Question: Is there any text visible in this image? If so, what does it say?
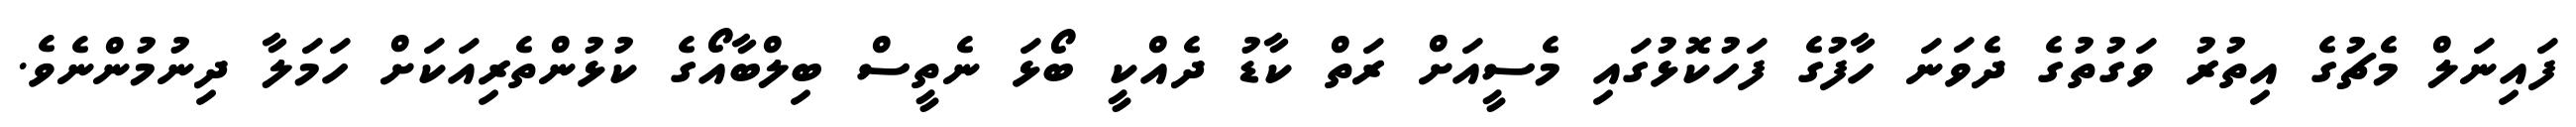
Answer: ފައިނަލް މެޗުގެ އިތުރު ވަގުތުގެ ދެވަނަ ހާފުގެ ފަހުކޮޅުގައި މެސީއަށް ރަތް ކާޑު ދެއްކީ ބޯޅަ ނެތީސް ބިލްބާއޯގެ ކުޅުންތެރިއަކަށް ހަމަލާ ދިނުމުންނެވެ.